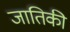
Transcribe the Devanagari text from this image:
जातिकी